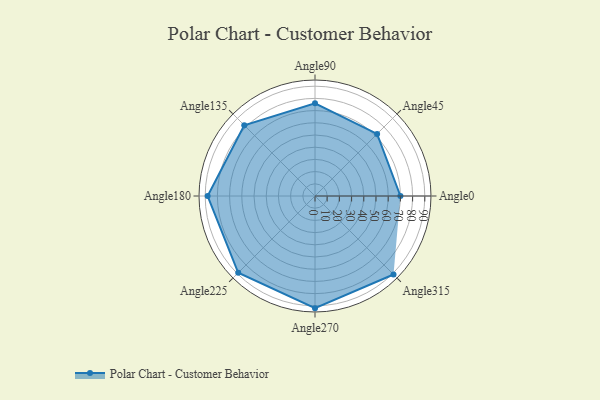
{"axis": {"x": "Angle", "y": "Radius"}, "legend": [""], "data": [{"x": "Angle0", "y": 70.0, "type": ""}, {"x": "Angle45", "y": 72.0, "type": ""}, {"x": "Angle90", "y": 76.0, "type": ""}, {"x": "Angle135", "y": 82.0, "type": ""}, {"x": "Angle180", "y": 88.0, "type": ""}, {"x": "Angle225", "y": 89.0, "type": ""}, {"x": "Angle270", "y": 92.0, "type": ""}, {"x": "Angle315", "y": 91.0, "type": ""}]}